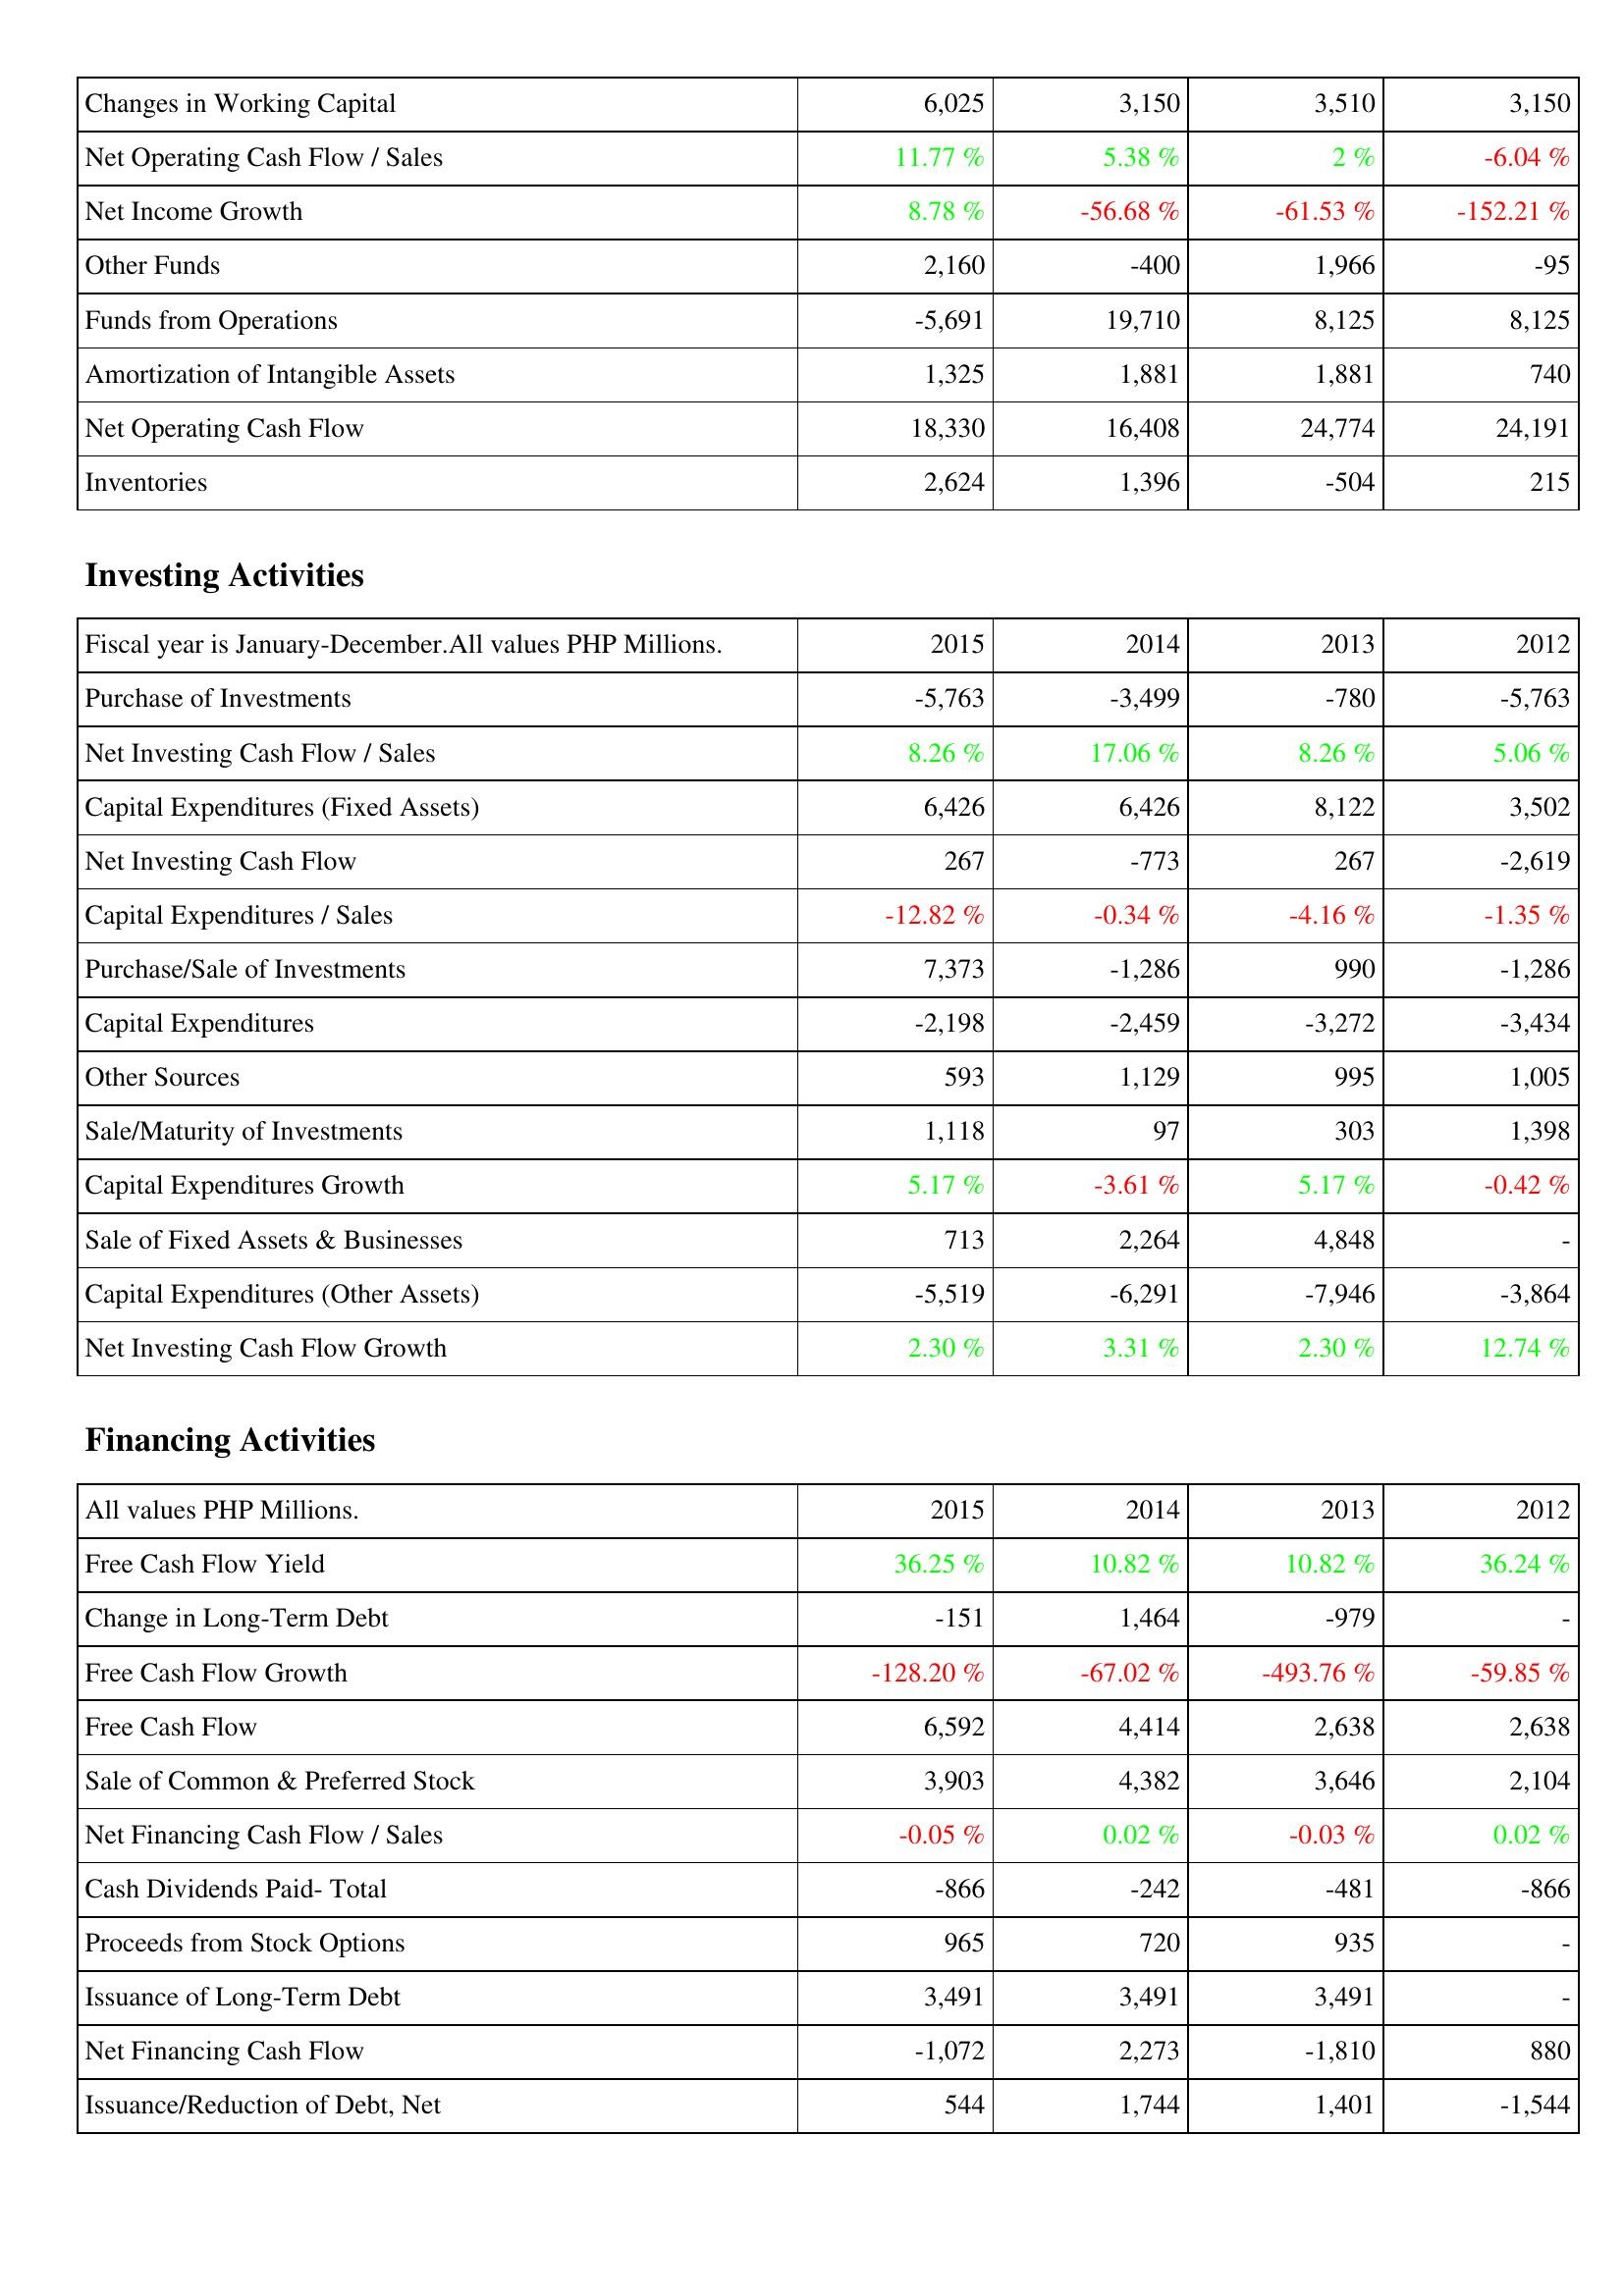
2015: Operating Activities: Changes in Working Capital: 6,025
Net Operating Cash Flow / Sales: 11.77 %
Net Income Growth: 8.78 %
Other Funds: 2,160
Funds from Operations: -5,691
Amortization of Intangible Assets: 1,325
Net Operating Cash Flow: 18,330
Inventories: 2,624
Investing Activities: Purchase of Investments: -5,763
Net Investing Cash Flow / Sales: 8.26 %
Capital Expenditures (Fixed Assets): 6,426
Net Investing Cash Flow: 267
Capital Expenditures / Sales: -12.82 %
Purchase/Sale of Investments: 7,373
Capital Expenditures: -2,198
Other Sources: 593
Sale/Maturity of Investments: 1,118
Capital Expenditures Growth: 5.17 %
Sale of Fixed Assets & Businesses: 713
Capital Expenditures (Other Assets): -5,519
Net Investing Cash Flow Growth: 2.30 %
Financing Activities: Free Cash Flow Yield: 36.25 %
Change in Long-Term Debt: -151
Free Cash Flow Growth: -128.20 %
Free Cash Flow: 6,592
Sale of Common & Preferred Stock: 3,903
Net Financing Cash Flow / Sales: -0.05 %
Cash Dividends Paid- Total: -866
Proceeds from Stock Options: 965
Issuance of Long-Term Debt: 3,491
Net Financing Cash Flow: -1,072
Issuance/Reduction of Debt, Net: 544
2014: Operating Activities: Changes in Working Capital: 3,150
Net Operating Cash Flow / Sales: 5.38 %
Net Income Growth: -56.68 %
Other Funds: -400
Funds from Operations: 19,710
Amortization of Intangible Assets: 1,881
Net Operating Cash Flow: 16,408
Inventories: 1,396
Investing Activities: Purchase of Investments: -3,499
Net Investing Cash Flow / Sales: 17.06 %
Capital Expenditures (Fixed Assets): 6,426
Net Investing Cash Flow: -773
Capital Expenditures / Sales: -0.34 %
Purchase/Sale of Investments: -1,286
Capital Expenditures: -2,459
Other Sources: 1,129
Sale/Maturity of Investments: 97
Capital Expenditures Growth: -3.61 %
Sale of Fixed Assets & Businesses: 2,264
Capital Expenditures (Other Assets): -6,291
Net Investing Cash Flow Growth: 3.31 %
Financing Activities: Free Cash Flow Yield: 10.82 %
Change in Long-Term Debt: 1,464
Free Cash Flow Growth: -67.02 %
Free Cash Flow: 4,414
Sale of Common & Preferred Stock: 4,382
Net Financing Cash Flow / Sales: 0.02 %
Cash Dividends Paid- Total: -242
Proceeds from Stock Options: 720
Issuance of Long-Term Debt: 3,491
Net Financing Cash Flow: 2,273
Issuance/Reduction of Debt, Net: 1,744
2013: Operating Activities: Changes in Working Capital: 3,510
Net Operating Cash Flow / Sales: 2 %
Net Income Growth: -61.53 %
Other Funds: 1,966
Funds from Operations: 8,125
Amortization of Intangible Assets: 1,881
Net Operating Cash Flow: 24,774
Inventories: -504
Investing Activities: Purchase of Investments: -780
Net Investing Cash Flow / Sales: 8.26 %
Capital Expenditures (Fixed Assets): 8,122
Net Investing Cash Flow: 267
Capital Expenditures / Sales: -4.16 %
Purchase/Sale of Investments: 990
Capital Expenditures: -3,272
Other Sources: 995
Sale/Maturity of Investments: 303
Capital Expenditures Growth: 5.17 %
Sale of Fixed Assets & Businesses: 4,848
Capital Expenditures (Other Assets): -7,946
Net Investing Cash Flow Growth: 2.30 %
Financing Activities: Free Cash Flow Yield: 10.82 %
Change in Long-Term Debt: -979
Free Cash Flow Growth: -493.76 %
Free Cash Flow: 2,638
Sale of Common & Preferred Stock: 3,646
Net Financing Cash Flow / Sales: -0.03 %
Cash Dividends Paid- Total: -481
Proceeds from Stock Options: 935
Issuance of Long-Term Debt: 3,491
Net Financing Cash Flow: -1,810
Issuance/Reduction of Debt, Net: 1,401
2012: Operating Activities: Changes in Working Capital: 3,150
Net Operating Cash Flow / Sales: -6.04 %
Net Income Growth: -152.21 %
Other Funds: -95
Funds from Operations: 8,125
Amortization of Intangible Assets: 740
Net Operating Cash Flow: 24,191
Inventories: 215
Investing Activities: Purchase of Investments: -5,763
Net Investing Cash Flow / Sales: 5.06 %
Capital Expenditures (Fixed Assets): 3,502
Net Investing Cash Flow: -2,619
Capital Expenditures / Sales: -1.35 %
Purchase/Sale of Investments: -1,286
Capital Expenditures: -3,434
Other Sources: 1,005
Sale/Maturity of Investments: 1,398
Capital Expenditures Growth: -0.42 %
Sale of Fixed Assets & Businesses: -
Capital Expenditures (Other Assets): -3,864
Net Investing Cash Flow Growth: 12.74 %
Financing Activities: Free Cash Flow Yield: 36.24 %
Change in Long-Term Debt: -
Free Cash Flow Growth: -59.85 %
Free Cash Flow: 2,638
Sale of Common & Preferred Stock: 2,104
Net Financing Cash Flow / Sales: 0.02 %
Cash Dividends Paid- Total: -866
Proceeds from Stock Options: -
Issuance of Long-Term Debt: -
Net Financing Cash Flow: 880
Issuance/Reduction of Debt, Net: -1,544